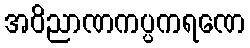
အဝိညာဏကပ္ပကရဏေ